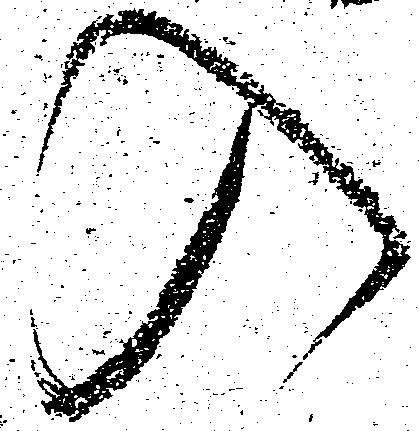
入